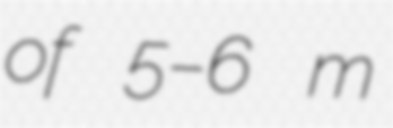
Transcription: of 5–6 m